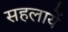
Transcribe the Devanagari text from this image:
सहलायें